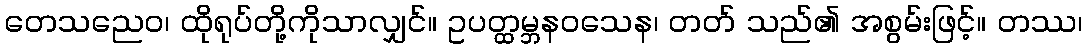
တေသညေဝ၊ ထိုရုပ်တို့ကိုသာလျှင်။ ဥပတ္ထမ္ဘနဝသေန၊ တတ် သည်၏ အစွမ်းဖြင့်။ တဿ၊